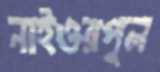
নাইওরপুল